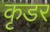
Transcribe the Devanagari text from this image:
कृडर